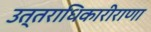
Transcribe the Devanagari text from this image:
उत्तराधिकारीराणा